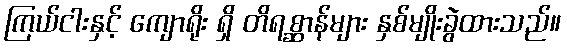
ကြယ်ငါးနှင့် ကျောရိုး ရှိ တိရစ္ဆာန်များ နှစ်မျိုးခွဲထားသည်။